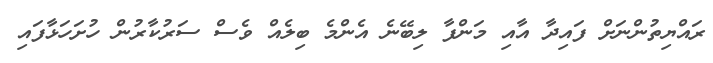
ރައްޔިތުންނަށް ފައިދާ އާއި މަންފާ ލިބޭނެ އެންމެ ބިލެއް ވެސް ސަރުކާރުން ހުށަހަޅާފައި